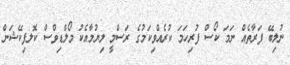
ނުލިބޭ ފަރާތެއް ނަމަ ކޯސް ފުރިހަމަ ކުރެއްވިކަމުގެ ރަސްމީ ލިޔުމާއެކު މޯލްޑިވްސް ކޮލފިކޭޝަން